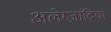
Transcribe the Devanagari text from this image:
अलेग्ज़ांद्रिया